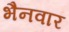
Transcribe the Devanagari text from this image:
भैनवार